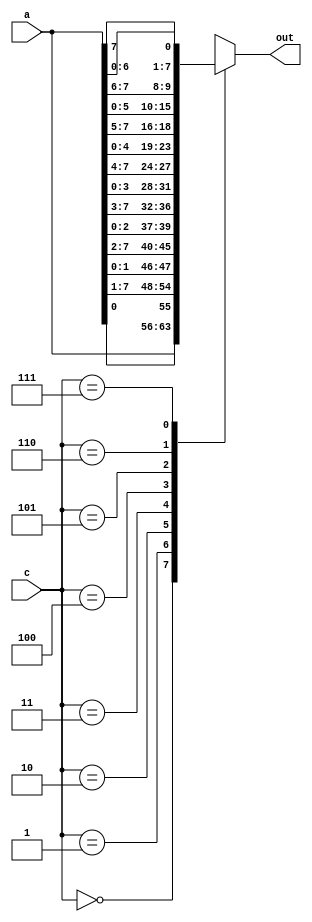
module rot(
    input [7:0] a,
    input [2:0] c,
    output [7:0] out
    );

reg [7:0]out;
always @*
begin
case (c)
	3'b000 : begin
		out = a;
	end
	3'b001 : begin
		out = {a[0],a[7:1]};
	end
	3'b010 : begin
		out = {a[1:0],a[7:2]}; 
	end           
	3'b011 : begin 
		 out = {a[2:0],a[7:3]};
	end           
	3'b100 : begin 
		 out = {a[3:0],a[7:4]};
	end             
	3'b101 : begin 
		 out = {a[4:0],a[7:5]};
	end               
	3'b110 : begin 
		 out = {a[5:0],a[7:6]};
	end         
	3'b111 : begin 
		out = {a[6:0],a[7]};
	end       
	
endcase
end

endmodule